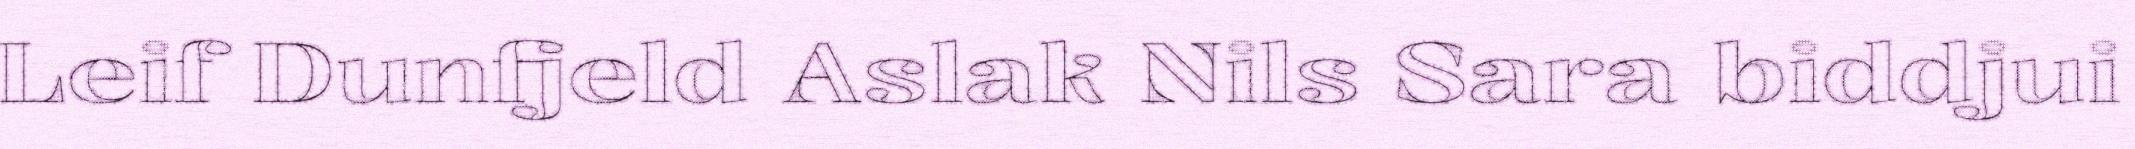
Leif Dunfjeld Aslak Nils Sara biddjui